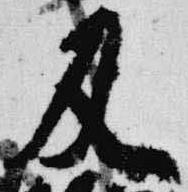
及